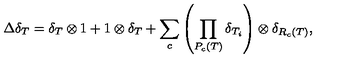
\Delta \delta _ { T } = \delta _ { T } \otimes 1 + 1 \otimes \delta _ { T } + \sum _ { c } \left( \prod _ { P _ { c } ( T ) } \delta _ { T _ { i } } \right) \otimes \delta _ { R _ { c } ( T ) } ,